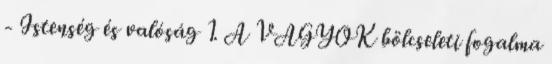
- Istenség és valóság 1. A VAGYOK bölcseleti fogalma